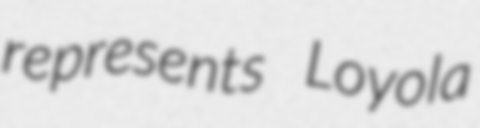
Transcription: represents Loyola